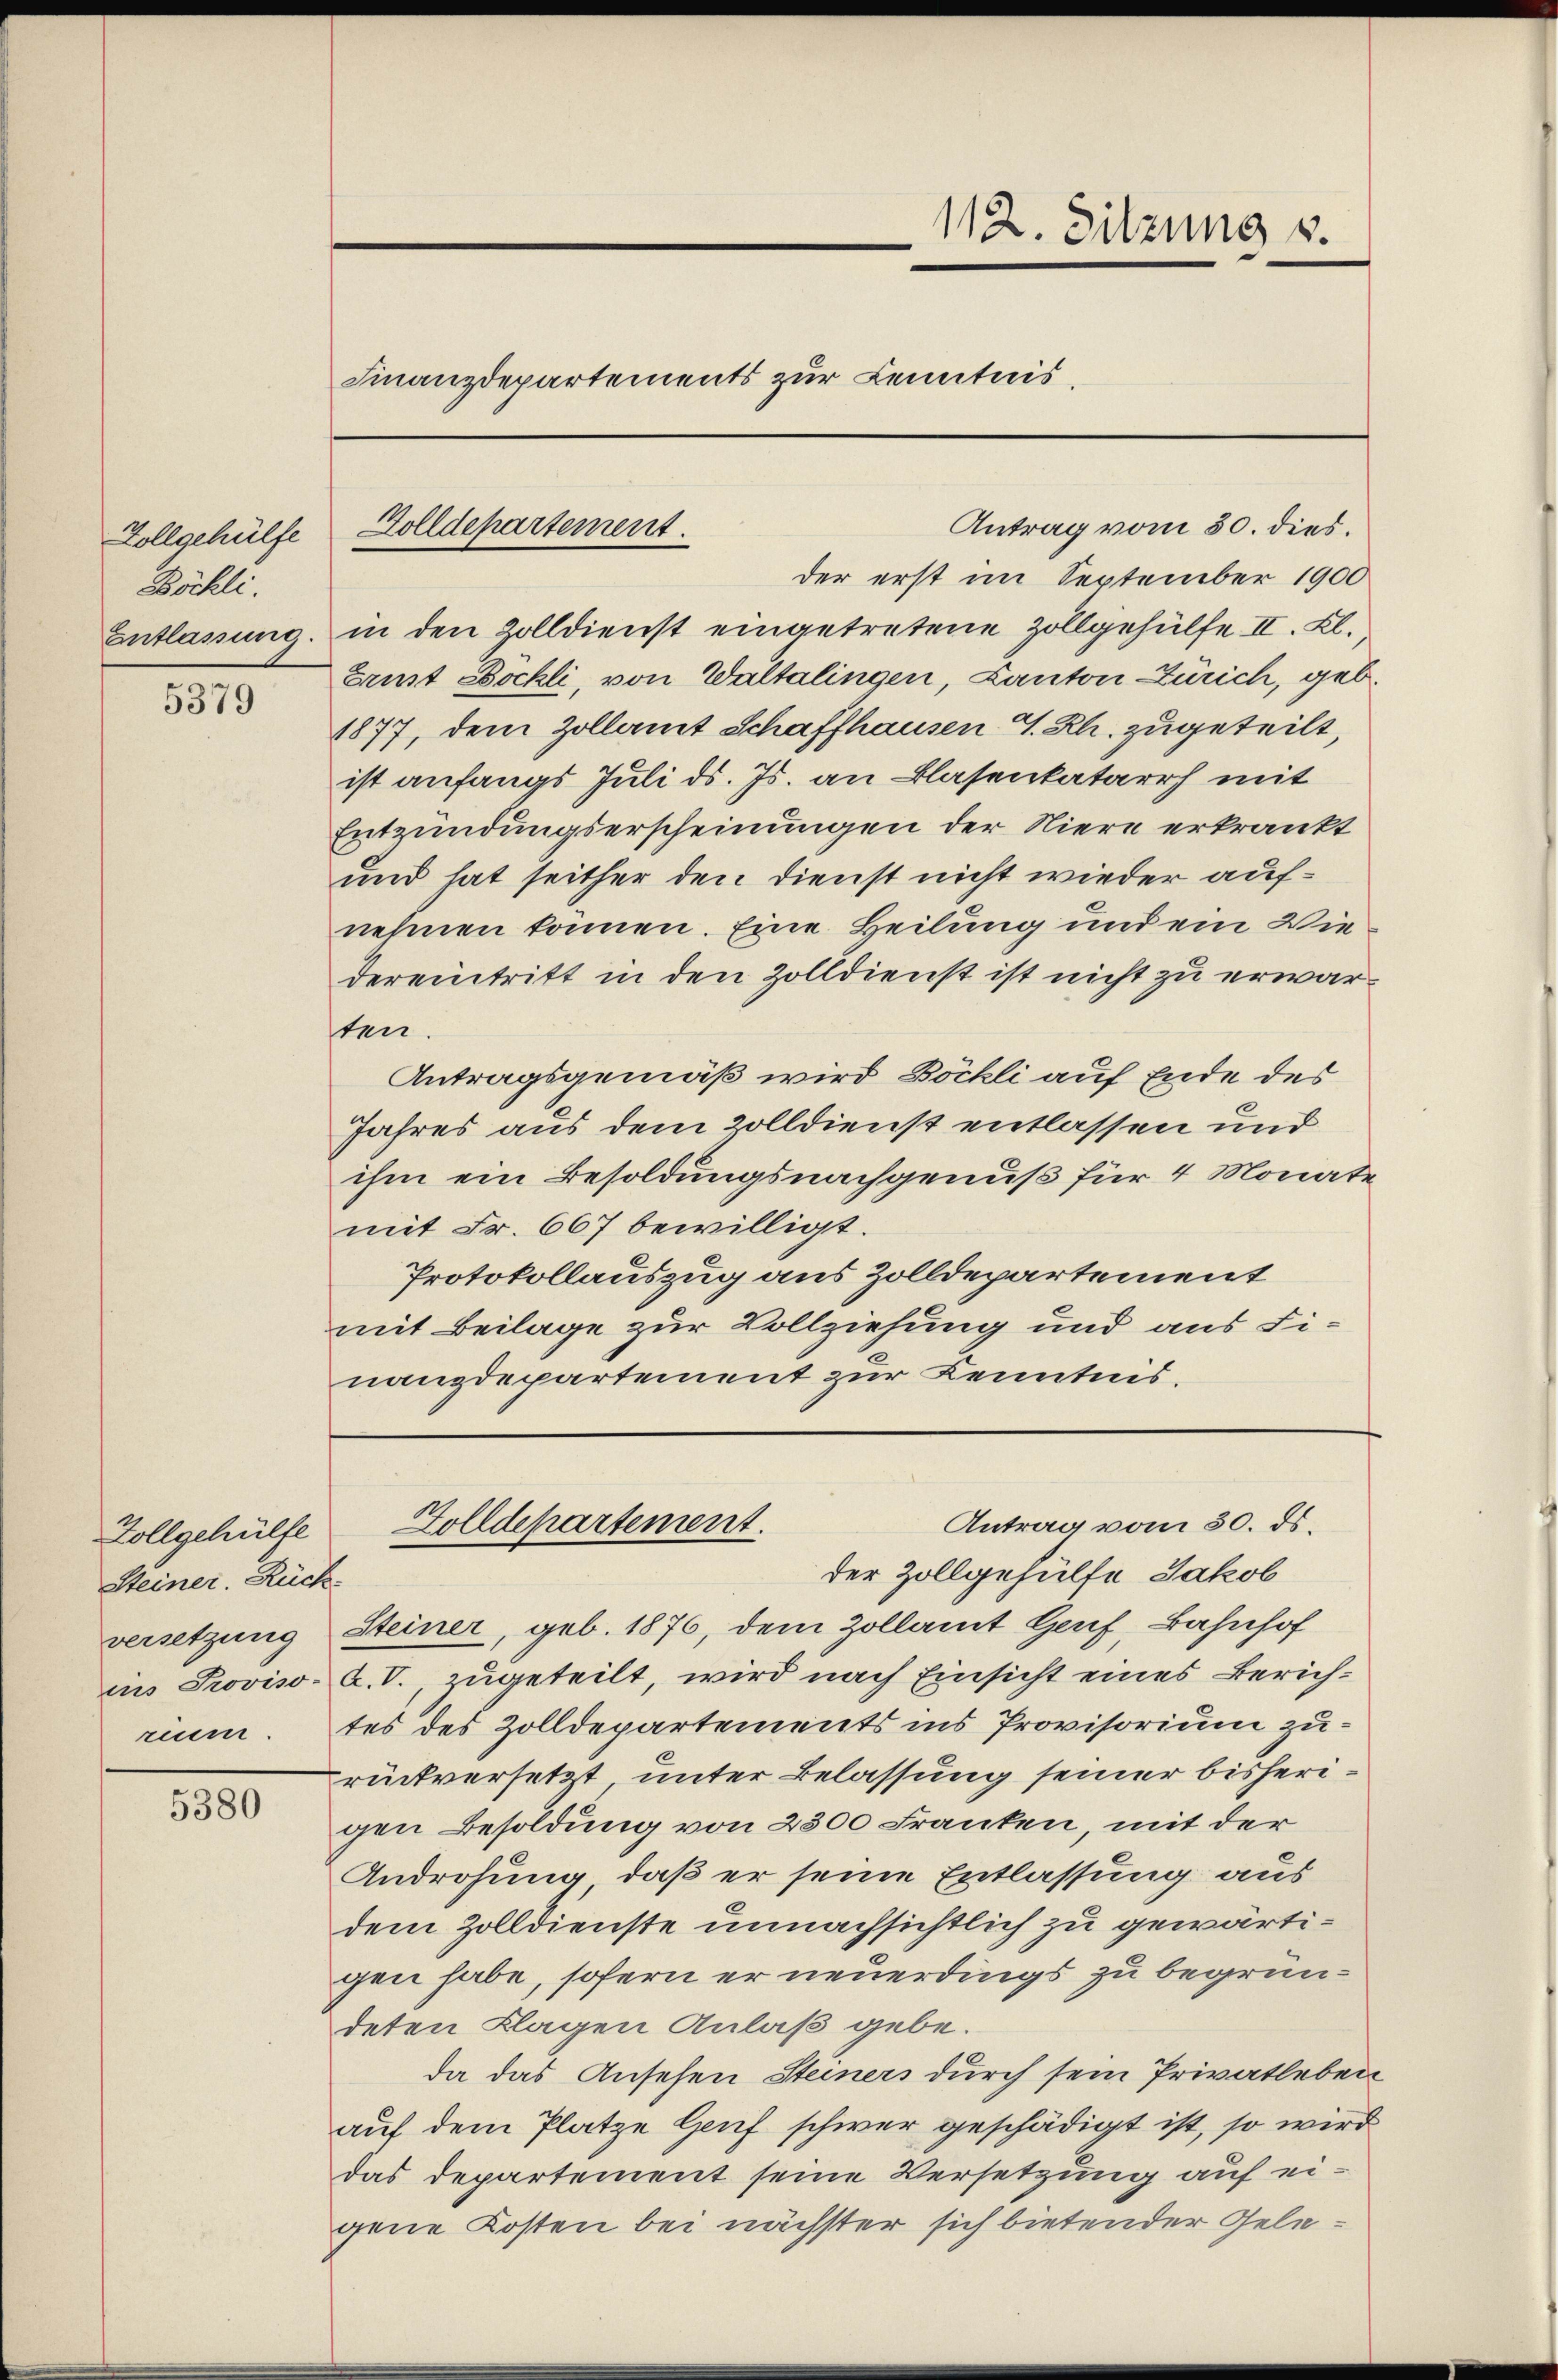
Zollgehülfe
Böchli
Entlassung.

5379

5380

Zollgehülfe
Steiner Rückversetzung
ruum.

112. Sitzung v.
Finanzdepartements zur Kenntnis,

Golldepartement.

der erst im September 1900
in den Zolldienst eingetretene Zollgehülfe II. Kl.,
Ernst Bockli, von Waltalingen, Canton Zürich, geb.
1877, dem Zollamt Schaffhausen G. Rh. zugeteilt,
ist anfangs Juli d. Js. an Blasenkatarrh mit
Entzündungserscheinungen der Niere erkrankt
und hat seither den Dienst nicht wieder aufnehmen können. Eine Heilung und ein Wiedereintritt in den Zolldienst ist nicht zu erwarten.
Antragsgemäß wird Böckli auf Ende des
Jahres aus dem Zolldienst entlassen und
ihm ein Besoldungsnachgenuß für 4 Monate
mit Fr. 667 bewilligt.
Protokollauszug aus Zolldepartement
mit Beilage zur Vollziehung und aus Finanzdepartement zur Kenntnis.

der Zollgehülfe Jakob
Steiner, geb. 1876, dem Zollamt Genf, Bahnhof
ins Proviso- a. O., zugeteilt, wird nach Einsicht eines Zürichtes des Zolldepartements ins Provisorium zurückversetzt unter Belassung seiner bisherigen Besoldung von 2300 Franken, mit der
Androhung, daß er seine Entlassung aus
dem Zolldienste unnachsichtlich zu gewärtigen habe, sofern er neuerdings zu begründeten Klagen Anlaß gebe.
da das Ansehen Steiners durch sein Privatleben
auf dem Platze Genf schwer geschädigt ist, so wird
das Departement seine Versetzung auf eigene Kosten bei nächster sich bietender Gele¬

Zolldepartement.

Antrag vom 30. dies.

Antrag vom 30. ds.